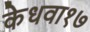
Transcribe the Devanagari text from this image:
केधवा१७